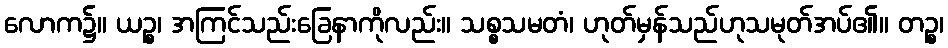
လောက၌။ ယဉ္စ၊ အကြင်သည်းခြေနာကိုလည်း။ သစ္စသမတံ၊ ဟုတ်မှန်သည်ဟုသမုတ်အပ်၏။ တဉ္စ၊